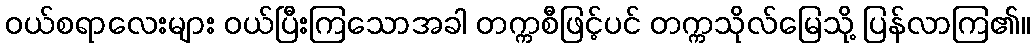
ဝယ်စရာလေးများ ဝယ်ပြီးကြသောအခါ တက္ကစီဖြင့်ပင် တက္ကသိုလ်မြေသို့ ပြန်လာကြ၏။